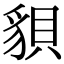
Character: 𧳒